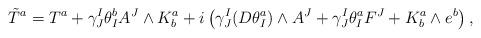
LaTeX: \begin{align*}\tilde{T}^a=T^a+\gamma^I_J\theta_I^bA^J\wedge K^a_b+i\left(\gamma^I_J(D\theta^a_I)\wedge A^J+\gamma^I_J\theta^a_I F^J +K^a_b\wedge e^b\right), \end{align*}